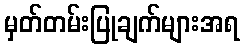
မှတ်တမ်းပြုချက်များအရ